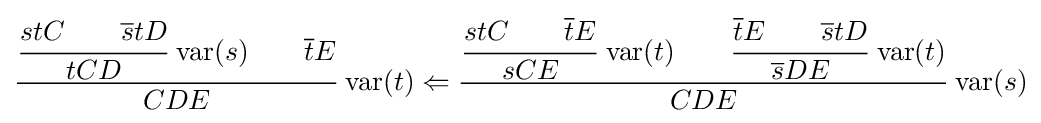
{\cfrac {{\cfrac {stC\qquad {\overline {s}}tD}{tCD}}\,\operatorname {var} (s)\qquad {\overline {t}}E}{CDE}}\,\operatorname {var} (t)\Leftarrow {\cfrac {{\cfrac {stC\qquad {\overline {t}}E}{sCE}}\,\operatorname {var} (t)\qquad {\cfrac {{\overline {t}}E\qquad {\overline {s}}tD}{{\overline {s}}DE}}\,\operatorname {var} (t)}{CDE}}\,\operatorname {var} (s)